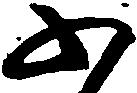
不